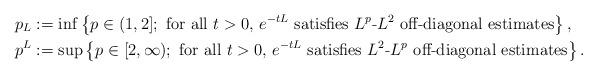
LaTeX: \begin{align*} p_L &:= \inf \left\{ p\in(1,2];\ \textrm{for all $t>0$, $e^{-tL}$ satisfies $L^p$-$L^2$ off-diagonal estimates} \right\},\\ p^L &:= \sup \left\{ p\in[2,\infty);\ \textrm{for all $t>0$, $e^{-tL}$ satisfies $L^2$-$L^p$ off-diagonal estimates} \right\}.\end{align*}